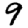
Digit: 9